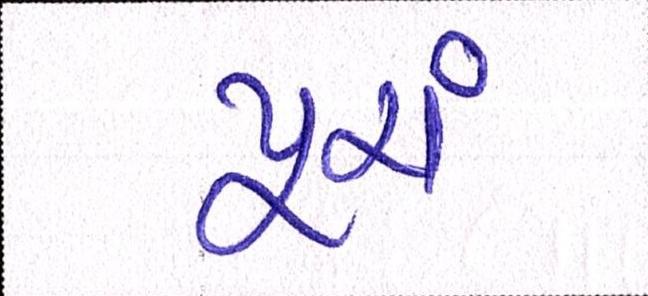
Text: પૂરાં